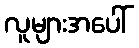
လူများအပေါ်